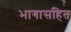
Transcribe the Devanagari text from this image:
भागासहित